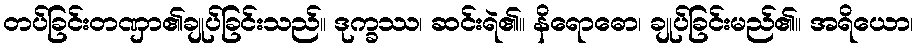
တပ်ခြင်းတဏှာ၏ချုပ်ခြင်းသည်။ ဒုက္ခဿ၊ ဆင်းရဲ၏။ နိရောဓော၊ ချုပ်ခြင်းမည်၏။ အရိယော၊